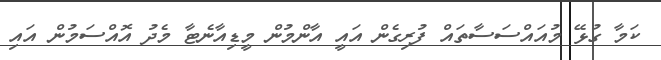
ކަމާ ގުޅޭ މުއައްސަސާތައް ފުރިގެން އައީ އާންމުން މީޑިއާނެޓާ މެދު އޮއްސަމުން އައި